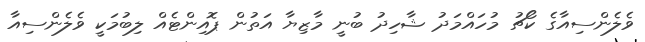
ވެލެންސިއާގެ ކޯޗު މުހައްމަދު ޝާހިދު ބުނީ މާޒިޔާ އަތުން ޕޮއިންޓެއް ލިބުމަކީ ވެލެންސިއާ